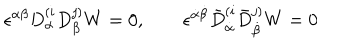
\epsilon ^ { \alpha \beta } D _ { \alpha } ^ { ( i } D _ { \beta } ^ { j ) } W = 0 , \qquad \epsilon ^ { \dot { \alpha } \dot { \beta } } \bar { D } _ { \dot { \alpha } } ^ { ( i } \bar { D } _ { \dot { \beta } } ^ { j ) } W = 0